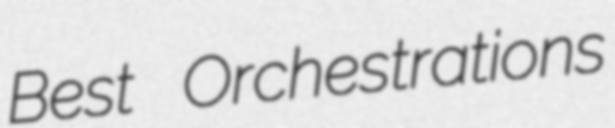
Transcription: Best Orchestrations